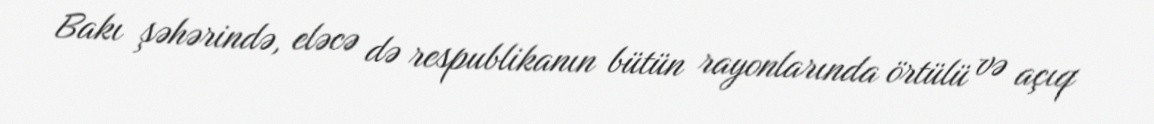
Bakı şəhərində, eləcə də respublikanın bütün rayonlarında örtülü və açıq